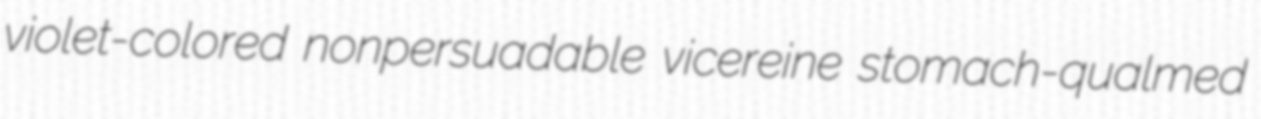
violet-colored nonpersuadable vicereine stomach-qualmed